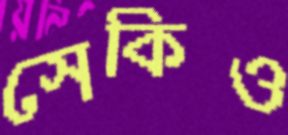
সেকিও